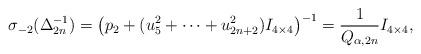
LaTeX: \begin{align*} \sigma_{-2}(\Delta_{2n}^{-1}) = \left (p_2 + (u_5^2 + \cdots + u_{2n+2}^2) I_{4\times 4} \right )^{-1} = \frac{1}{Q_{\alpha, 2n}} I_{4\times4}, \end{align*}